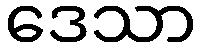
ဒေသာ